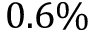
0 . 6 \%